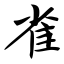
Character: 雀